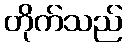
တိုက်သည်